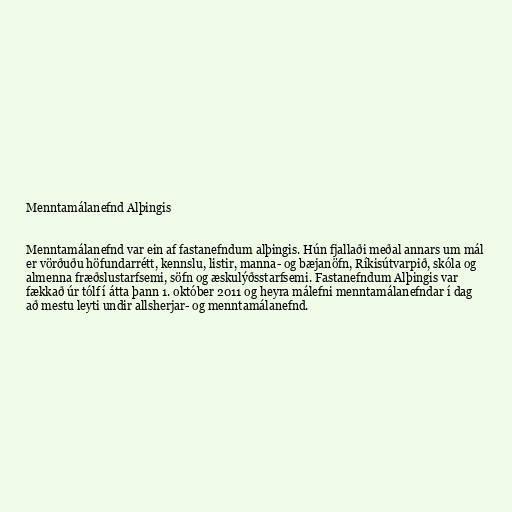
Menntamálanefnd Alþingis

Menntamálanefnd var ein af fastanefndum alþingis. Hún fjallaði meðal annars um mál
er vörðuðu höfundarrétt, kennslu, listir, manna- og bæjanöfn, Ríkisútvarpið, skóla og
almenna fræðslustarfsemi, söfn og æskulýðsstarfsemi. Fastanefndum Alþingis var
fækkað úr tólf í átta þann 1. október 2011 og heyra málefni menntamálanefndar í dag
að mestu leyti undir allsherjar- og menntamálanefnd.